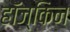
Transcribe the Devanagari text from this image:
हॉज्किन